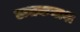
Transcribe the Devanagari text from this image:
ऊतकनाश